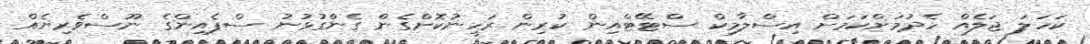
ކަހަލަ ޖަލެއް ހެދުމަށްކަމަށް އިސްލާމިކް ސްޓޭޓްއިން ކުރިން ރަހީނުކޮށްގެން ގެންގުޅުނު ސްޕެއިންގެ ނޫސްވެރިޔެއް